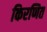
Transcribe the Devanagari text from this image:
किरणित